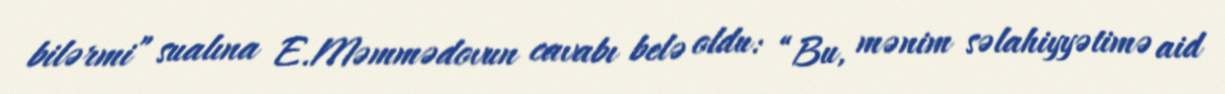
bilərmi” sualına E.Məmmədovun cavabı belə oldu: “Bu, mənim səlahiyyətimə aid